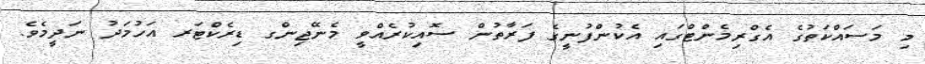
މި މަސައްކަތުގެ އެގްރިމެންޓްގައި އެކުންފުނީގެ ފަރާތުން ސޮއިކުރެއްވީ މެނޭޖިންގ ޑިރެކްޓަރ އަހުމަދު ނަދީމެވެ.